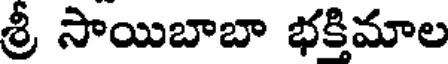
శ్రీ సాయిబాబా భక్తిమాల